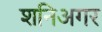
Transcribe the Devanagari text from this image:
शनिअगर